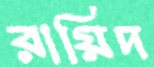
রায়িদ